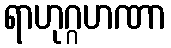
ရာဟုဂ္ဂဟဏာ